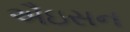
ઐઇસન